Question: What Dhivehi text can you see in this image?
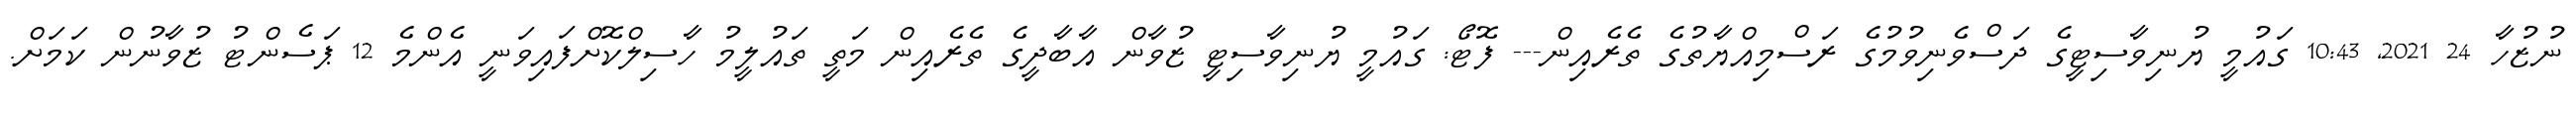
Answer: ނުޒުހާ 24 2021, 10:43 ގައުމީ ޔުނިވާސިޓީގެ ދަސްވެނިވުމުގެ ރަސްމިއްޔާތުގެ ތެރެއިން--- ފޮޓޯ: ގައުމީ ޔުނިވާސިޓީ ޒުވާން އާބާދީގެ ތެރެއިން މަތީ ތައުލީމު ހާސިލްކޮށްފައިވަނީ އެންމެ 12 ޕަސެންޓު ޒުވާނުން ކަމަށް.